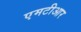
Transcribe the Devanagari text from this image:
एमटीआर